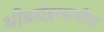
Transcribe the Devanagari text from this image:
श्रीब्रह्मेंद्रस्वामींचा